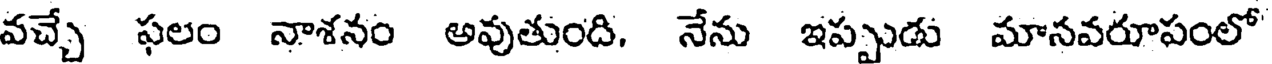
వచ్చే ఫలం నాశనం అవుతుంది, నేను ఇప్పుడు మానవరూపంలో